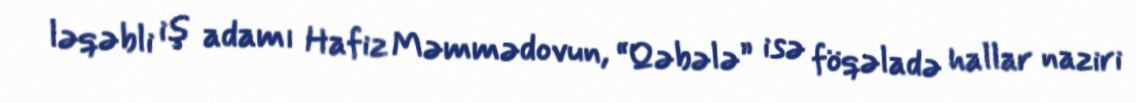
ləqəbli iş adamı Hafiz Məmmədovun, “Qəbələ” isə föqəladə hallar naziri